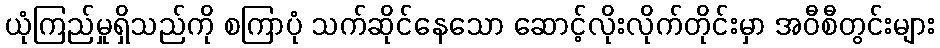
ယုံကြည်မှုရှိသည်ကို စကြာပုံ သက်ဆိုင်နေသော ဆောင့်လိုးလိုက်တိုင်းမှာ အဝီစီတွင်းများ